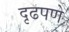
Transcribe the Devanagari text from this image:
दृढपणे